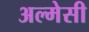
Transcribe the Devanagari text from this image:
अल्मेसी